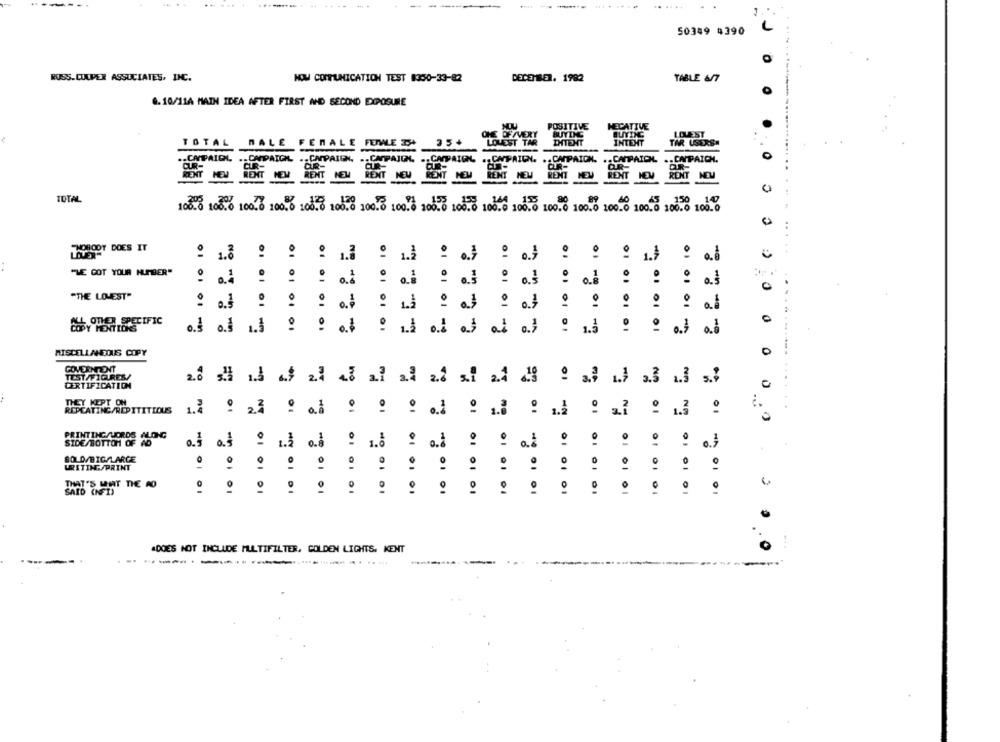
... ....
50349 4390
0
RUSS. CULVER ASSUCIATES, INC.
NOW COMMUNICATION TEST $350-33-82
DECEMBER. 1982
TABLE 6/7
8.10/11A MATH IDEA AFTER FIRST AND SECOND EXPOSURE
MOU
POSITIVE
NECATIVE
ONE OFAVERY
BUYING
BUITING
LOUEST
TOTAL
NALE
EnALE
FEWLE TH
35+
LOUEST TAR
INTENT
INTENT
TAR USERS
.ONPAIOL .. CAPAIEN.
CA
0
CUR-
.. CAPAJON,
CAPRICN.
.. CAPAION.
.. CAMPAID
CAPAICH.
CUR-
RENT MEN
RENT
REMT
NEW
RENT
RENT
RENT
RENT
REMT
RENT
-
TOTAL
207
120
.155
155
164 155
90
89
150
100.0 100.0 100.0 100.0 105.0
100.0 100.0 100.0
100.0 100.0 100.0 100.0 100.0 100.0 100.0 100.0 100.0 100.0
.. .
NOBODY DOES IT
"WE GOT YOUR NUMBER"
: 0.4
01 01
0
"THE LOWEST"
..
01 01 01
0
01 01 01 -
01 01 -2
01 01 01 -
MISCELLANEOUS COPY
0
GOVERNMENT
TEST/FIGURES/
2.4
01
CERTIFICATION
ON
THEY KEPT ON
REPEATING/REPITITIOUS
01
NC
PRINTING/LORDS ALONG
SIDE/BOTTOM OF AD
o. o.s
01
01
BOLD/BIG/LARGE
WRITING/PRINT
wh 01
THAT'S WAT THE AO
0
01
0
.
.
2
SAID (NFI)
01 01
01
ADOES NOT INCLUDE MULTIFILTER, GOLDEN LIGHTS. KENT
-